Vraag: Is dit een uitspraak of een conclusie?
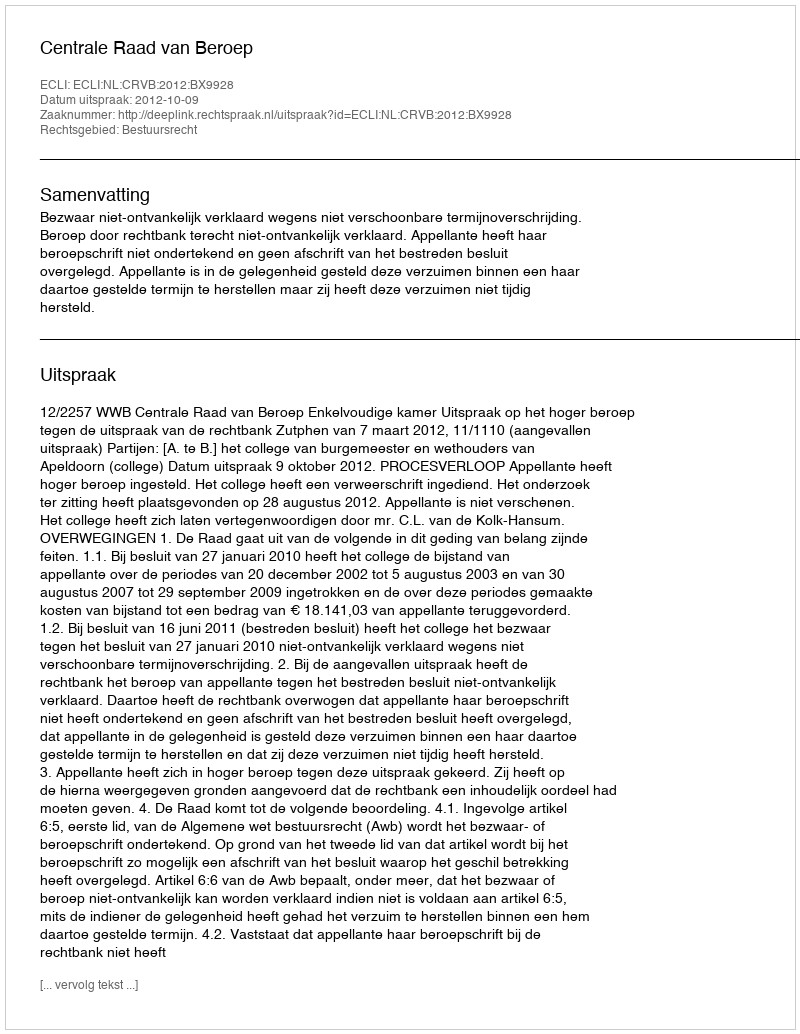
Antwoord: Uitspraak